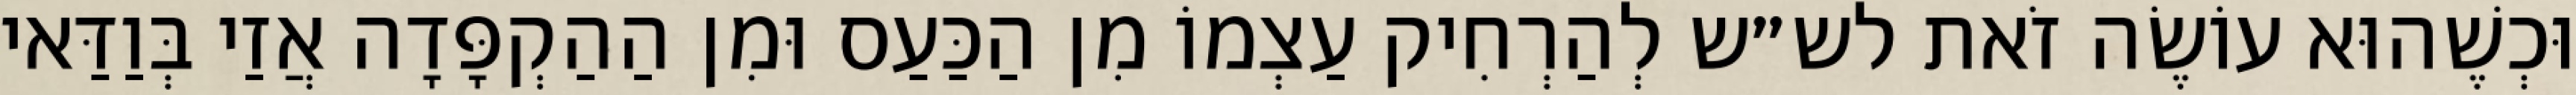
וּכְשֶׁהוּא עוֹשֶׂה זֹאת לש״ש לְהַרְחִיק עַצְמוֹ מִן הַכַּעַס וּמִן הַהַקְפָּדָה אֲזַי בְּוַדַּאי